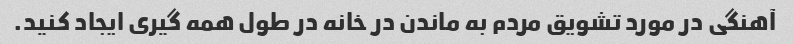
آهنگی در مورد تشویق مردم به ماندن در خانه در طول همه گیری ایجاد کنید.